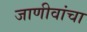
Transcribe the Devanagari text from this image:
जाणीवांचा